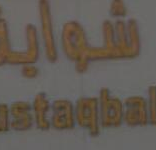
فماية